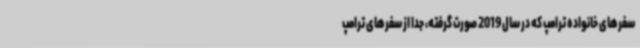
سفرهای خانواده ترامپ که در سال 2019 صورت گرفته، جدا از سفرهای ترامپ